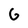
Character: G